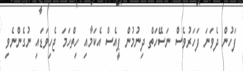
ފަހުން ދެވަނަ ފަހަރުވެސް ނަސޭހަތް ދިނުމުން ޕީއެސް އެކަމާއި ހިތްހަމަ ޖެހިވަޑައި ނުގެންނެވި